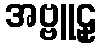
အဗ္ဗူဠှ